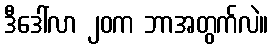
ဒီဒေါ်လာ ၂၀က ဘာအတွက်လဲ။